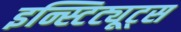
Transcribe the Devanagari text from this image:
इन्स्टिट्यूट्‌स